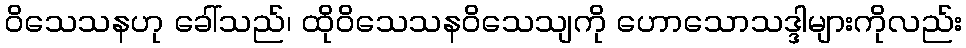
ဝိသေသနဟု ခေါ်သည်၊ ထိုဝိသေသနဝိသေသျကို ဟောသောသဒ္ဒါများကိုလည်း